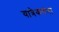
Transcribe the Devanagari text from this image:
यात्रेकरुंना